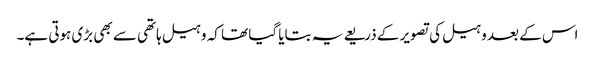
اس کے بعد وہیل کی تصویر کے ذریعے یہ بتایا گیا تھا کہ وہیل ہاتھی سے بھی بڑی ہوتی ہے۔